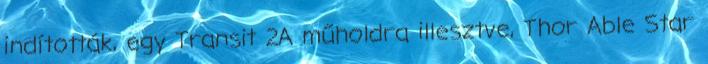
indították, egy Transit 2A műholdra illesztve, Thor Able Star